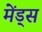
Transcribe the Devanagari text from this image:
मेंड्स